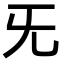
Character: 旡